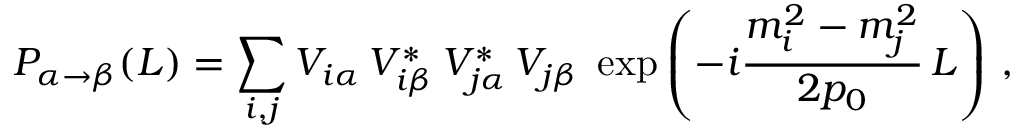
{ \cal P } _ { \alpha \to \beta } ( L ) = \sum _ { i , j } V _ { i \alpha } \, V _ { i \beta } ^ { * } \, V _ { j \alpha } ^ { * } \, V _ { j \beta } \; \exp \left( - i \frac { m _ { i } ^ { 2 } - m _ { j } ^ { 2 } } { 2 p _ { 0 } } \, L \right) \, ,